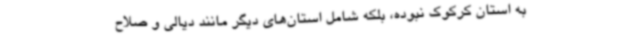
به استان کرکوک نبوده، بلکه شامل استان‌های دیگر مانند دیالی و صلاح